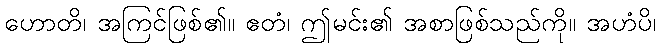
ဟောတိ၊ အကြင်ဖြစ်၏။ ဧတံ၊ ဤမင်း၏ အစာဖြစ်သည်ကို။ အဟံပိ၊